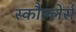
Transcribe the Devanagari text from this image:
स्कौल्लेर्स